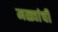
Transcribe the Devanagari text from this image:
मळ्यांची